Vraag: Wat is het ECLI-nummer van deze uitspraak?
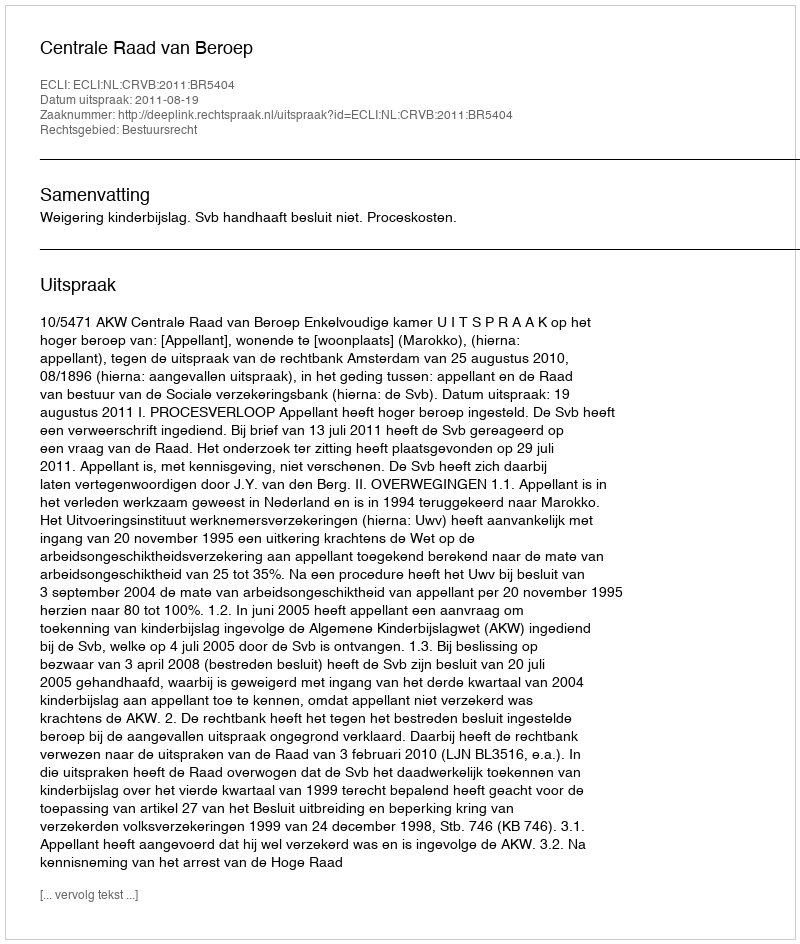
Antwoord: ECLI:NL:CRVB:2011:BR5404